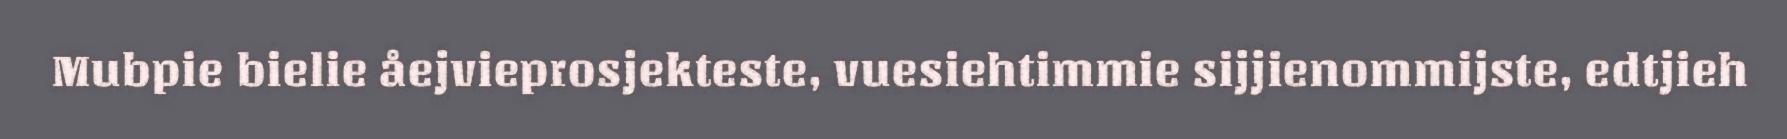
Mubpie bielie åejvieprosjekteste, vuesiehtimmie sijjienommijste, edtjieh